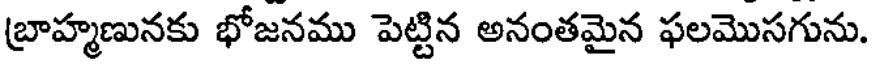
బ్రాహ్మణునకు భోజనము పెట్టిన అనంతమైన ఫలమొసగును.